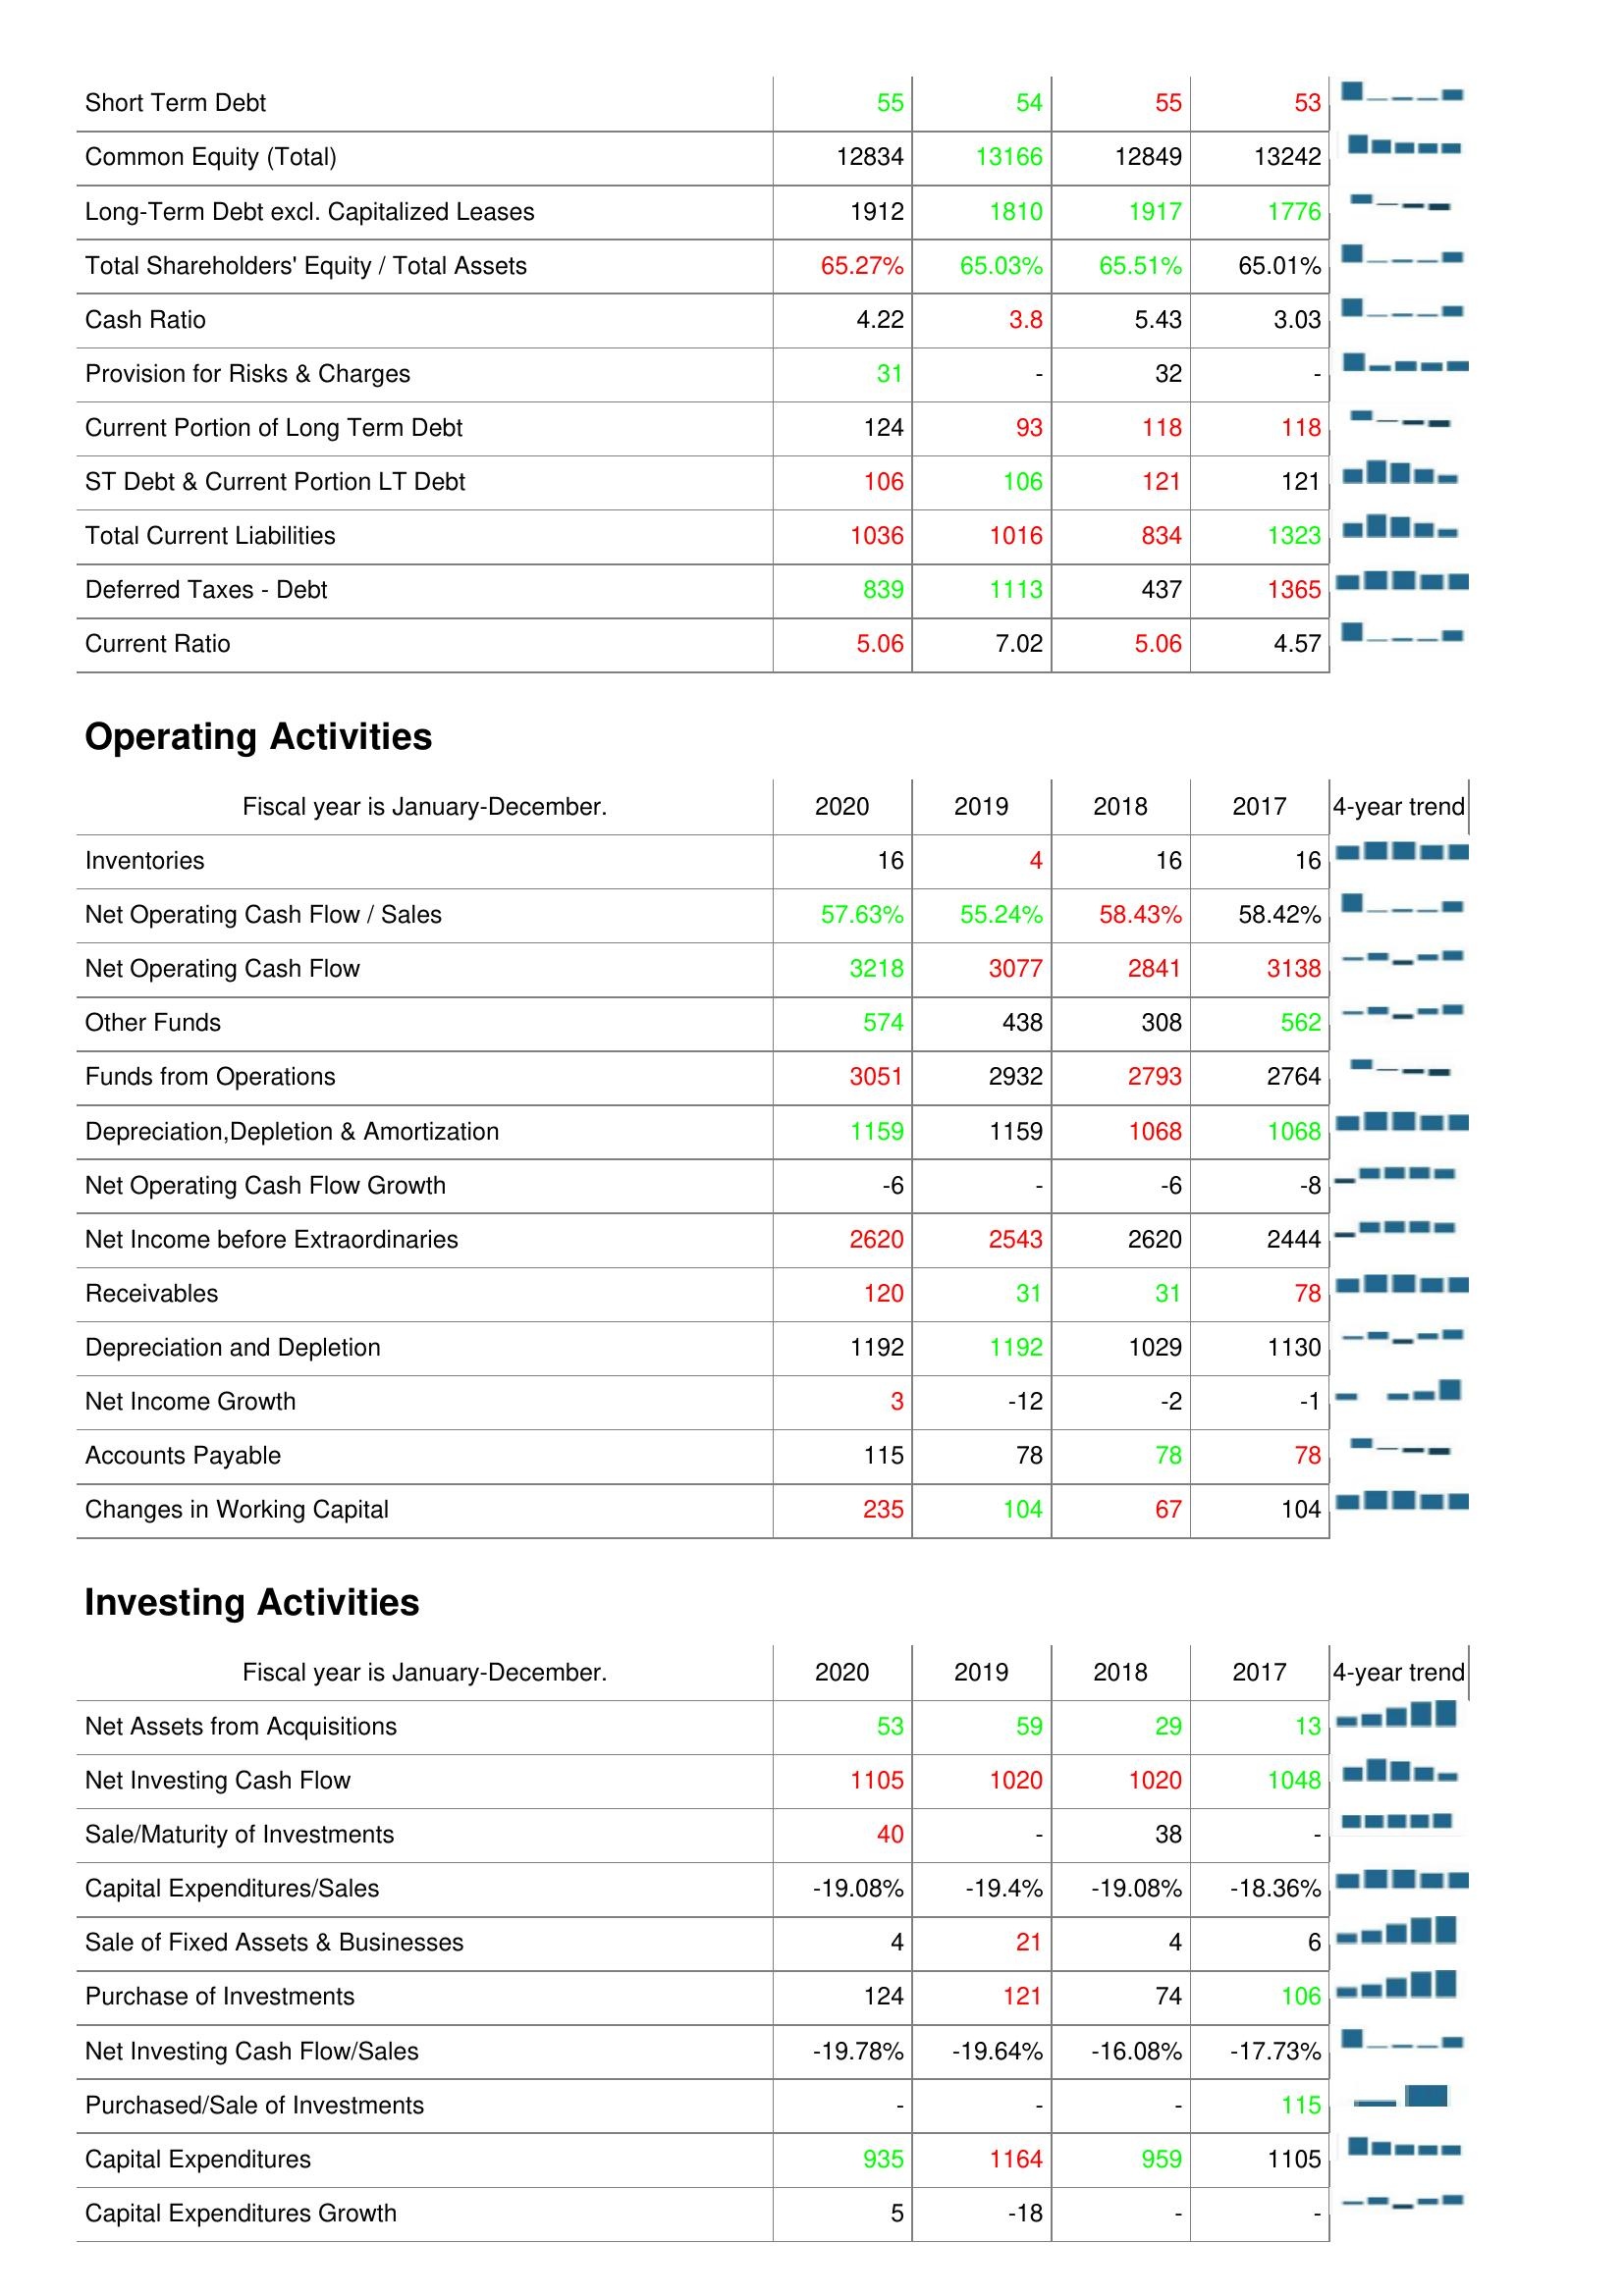
2020: Liabilities & Shareholder's Equity: Short Term Debt: 55
Common Equity (Total): 12834
Long-Term Debt excl. Capitalized Leases: 1912
Total Shareholders' Equity / Total Assets: 65.27%
Cash Ratio: 4.22
Provision for Risks & Charges: 31
Current Portion of Long Term Debt: 124
ST Debt & Current Portion LT Debt: 106
Total Current Liabilities: 1036
Deferred Taxes - Debt: 839
Current Ratio: 5.06
Operating Activities: Inventories: 16
Net Operating Cash Flow / Sales: 57.63%
Net Operating Cash Flow: 3218
Other Funds: 574
Funds from Operations: 3051
Depreciation,Depletion & Amortization: 1159
Net Operating Cash Flow Growth: -6
Net Income before Extraordinaries: 2620
Receivables: 120
Depreciation and Depletion: 1192
Net Income Growth: 3
Accounts Payable: 115
Changes in Working Capital: 235
Investing Activities: Net Assets from Acquisitions: 53
Net Investing Cash Flow: 1105
Sale/Maturity of Investments: 40
Capital Expenditures/Sales: -19.08%
Sale of Fixed Assets & Businesses: 4
Purchase of Investments: 124
Net Investing Cash Flow/Sales: -19.78%
Purchased/Sale of Investments: -
Capital Expenditures: 935
Capital Expenditures Growth: 5
2019: Liabilities & Shareholder's Equity: Short Term Debt: 54
Common Equity (Total): 13166
Long-Term Debt excl. Capitalized Leases: 1810
Total Shareholders' Equity / Total Assets: 65.03%
Cash Ratio: 3.8
Provision for Risks & Charges: -
Current Portion of Long Term Debt: 93
ST Debt & Current Portion LT Debt: 106
Total Current Liabilities: 1016
Deferred Taxes - Debt: 1113
Current Ratio: 7.02
Operating Activities: Inventories: 4
Net Operating Cash Flow / Sales: 55.24%
Net Operating Cash Flow: 3077
Other Funds: 438
Funds from Operations: 2932
Depreciation,Depletion & Amortization: 1159
Net Operating Cash Flow Growth: -
Net Income before Extraordinaries: 2543
Receivables: 31
Depreciation and Depletion: 1192
Net Income Growth: -12
Accounts Payable: 78
Changes in Working Capital: 104
Investing Activities: Net Assets from Acquisitions: 59
Net Investing Cash Flow: 1020
Sale/Maturity of Investments: -
Capital Expenditures/Sales: -19.4%
Sale of Fixed Assets & Businesses: 21
Purchase of Investments: 121
Net Investing Cash Flow/Sales: -19.64%
Purchased/Sale of Investments: -
Capital Expenditures: 1164
Capital Expenditures Growth: -18
2018: Liabilities & Shareholder's Equity: Short Term Debt: 55
Common Equity (Total): 12849
Long-Term Debt excl. Capitalized Leases: 1917
Total Shareholders' Equity / Total Assets: 65.51%
Cash Ratio: 5.43
Provision for Risks & Charges: 32
Current Portion of Long Term Debt: 118
ST Debt & Current Portion LT Debt: 121
Total Current Liabilities: 834
Deferred Taxes - Debt: 437
Current Ratio: 5.06
Operating Activities: Inventories: 16
Net Operating Cash Flow / Sales: 58.43%
Net Operating Cash Flow: 2841
Other Funds: 308
Funds from Operations: 2793
Depreciation,Depletion & Amortization: 1068
Net Operating Cash Flow Growth: -6
Net Income before Extraordinaries: 2620
Receivables: 31
Depreciation and Depletion: 1029
Net Income Growth: -2
Accounts Payable: 78
Changes in Working Capital: 67
Investing Activities: Net Assets from Acquisitions: 29
Net Investing Cash Flow: 1020
Sale/Maturity of Investments: 38
Capital Expenditures/Sales: -19.08%
Sale of Fixed Assets & Businesses: 4
Purchase of Investments: 74
Net Investing Cash Flow/Sales: -16.08%
Purchased/Sale of Investments: -
Capital Expenditures: 959
Capital Expenditures Growth: -
2017: Liabilities & Shareholder's Equity: Short Term Debt: 53
Common Equity (Total): 13242
Long-Term Debt excl. Capitalized Leases: 1776
Total Shareholders' Equity / Total Assets: 65.01%
Cash Ratio: 3.03
Provision for Risks & Charges: -
Current Portion of Long Term Debt: 118
ST Debt & Current Portion LT Debt: 121
Total Current Liabilities: 1323
Deferred Taxes - Debt: 1365
Current Ratio: 4.57
Operating Activities: Inventories: 16
Net Operating Cash Flow / Sales: 58.42%
Net Operating Cash Flow: 3138
Other Funds: 562
Funds from Operations: 2764
Depreciation,Depletion & Amortization: 1068
Net Operating Cash Flow Growth: -8
Net Income before Extraordinaries: 2444
Receivables: 78
Depreciation and Depletion: 1130
Net Income Growth: -1
Accounts Payable: 78
Changes in Working Capital: 104
Investing Activities: Net Assets from Acquisitions: 13
Net Investing Cash Flow: 1048
Sale/Maturity of Investments: -
Capital Expenditures/Sales: -18.36%
Sale of Fixed Assets & Businesses: 6
Purchase of Investments: 106
Net Investing Cash Flow/Sales: -17.73%
Purchased/Sale of Investments: 115
Capital Expenditures: 1105
Capital Expenditures Growth: -